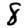
Digit: 8